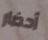
أحضار